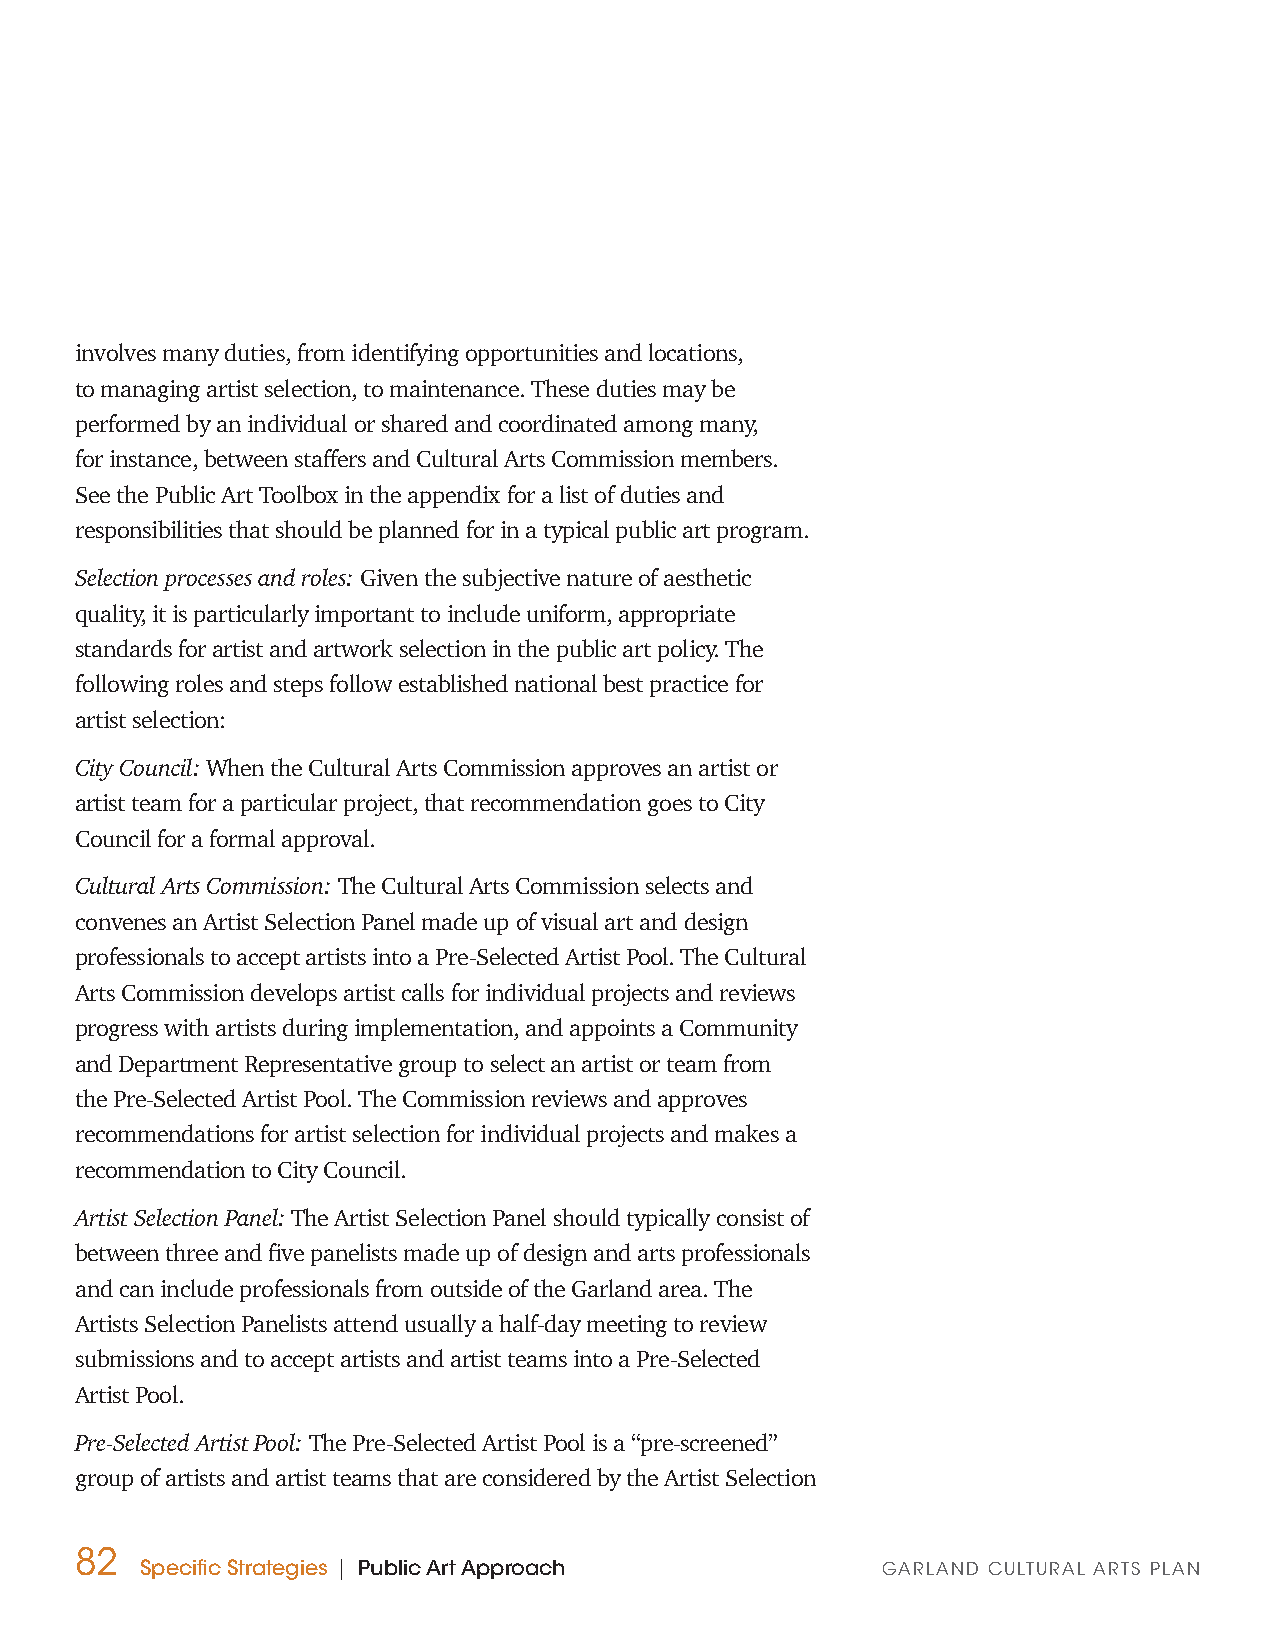
involves many duties, from identifying opportunities and locations,
 to managing artist selection, to maintenance. These duties may be
 performed by an individual or shared and coordinated among many,
 for instance, between staffers and Cultural Arts Commission members.
 See the Public Art Toolbox in the appendix for a list of duties and
 responsibilities that should be planned for in a typical public art program.
 Selection processes and roles: Given the subjective nature of aesthetic
 quality, it is particularly important to include uniform, appropriate
 standards for artist and artwork selection in the public art policy. The
 following roles and steps follow established national best practice for
 artist selection:
 City Council: When the Cultural Arts Commission approves an artist or
 artist team for a particular project, that recommendation goes to City
 Council for a formal approval.
 Cultural Arts Commission: The Cultural Arts Commission selects and
 convenes an Artist Selection Panel made up of visual art and design
 professionals to accept artists into a Pre-Selected Artist Pool. The Cultural
 Arts Commission develops artist calls for individual projects and reviews
 progress with artists during implementation, and appoints a Community
 and Department Representative group to select an artist or team from
 the Pre-Selected Artist Pool. The Commission reviews and approves
 recommendations for artist selection for individual projects and makes a
 recommendation to City Council.
 Artist Selection Panel: The Artist Selection Panel should typically consist of
 between three and five panelists made up of design and arts professionals
 and can include professionals from outside of the Garland area. The
 Artists Selection Panelists attend usually a half-day meeting to review
 submissions and to accept artists and artist teams into a Pre-Selected
 Artist Pool.
 Pre-Selected Artist Pool: The Pre-Selected Artist Pool is a “pre-screened”
 group of artists and artist teams that are considered by the Artist Selection
 82
 Specific Strategies | Public Art Approach        GARLAND CULTURAL ARTS PLAN